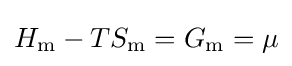
H_{\text{m}}-TS_{\text{m}}=G_{\text{m}}=\mu